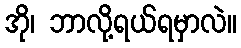
အို၊ ဘာလို့ရယ်ရမှာလဲ။